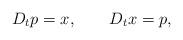
LaTeX: \begin{align*}D_t p = x, \qquad D_t x = p, \end{align*}